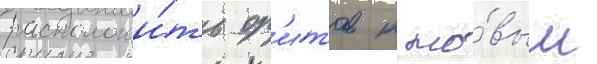
расположи́ть ор'итов к но́вым